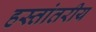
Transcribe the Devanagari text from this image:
हस्‍तांतरीय